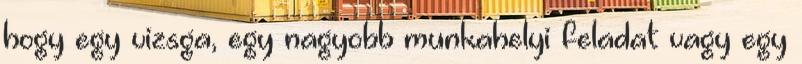
hogy egy vizsga, egy nagyobb munkahelyi feladat vagy egy